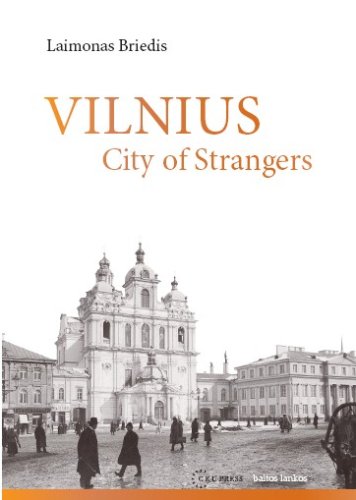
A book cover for Vilnius: City of Strangers; Laimonas Briedis; Travel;